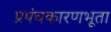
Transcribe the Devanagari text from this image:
प्रपंचकारणभूता